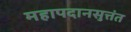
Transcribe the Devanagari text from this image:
महापदानसुत्तंत